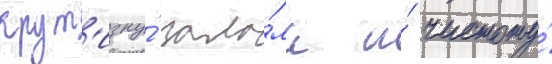
крут'изну́ зало́ма и́ чистоту́